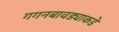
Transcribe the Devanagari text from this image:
गगनबावड्याकडे